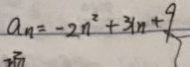
a _ { n } = - 2 n ^ { 2 } + 3 ( n + 9